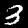
Digit: 3